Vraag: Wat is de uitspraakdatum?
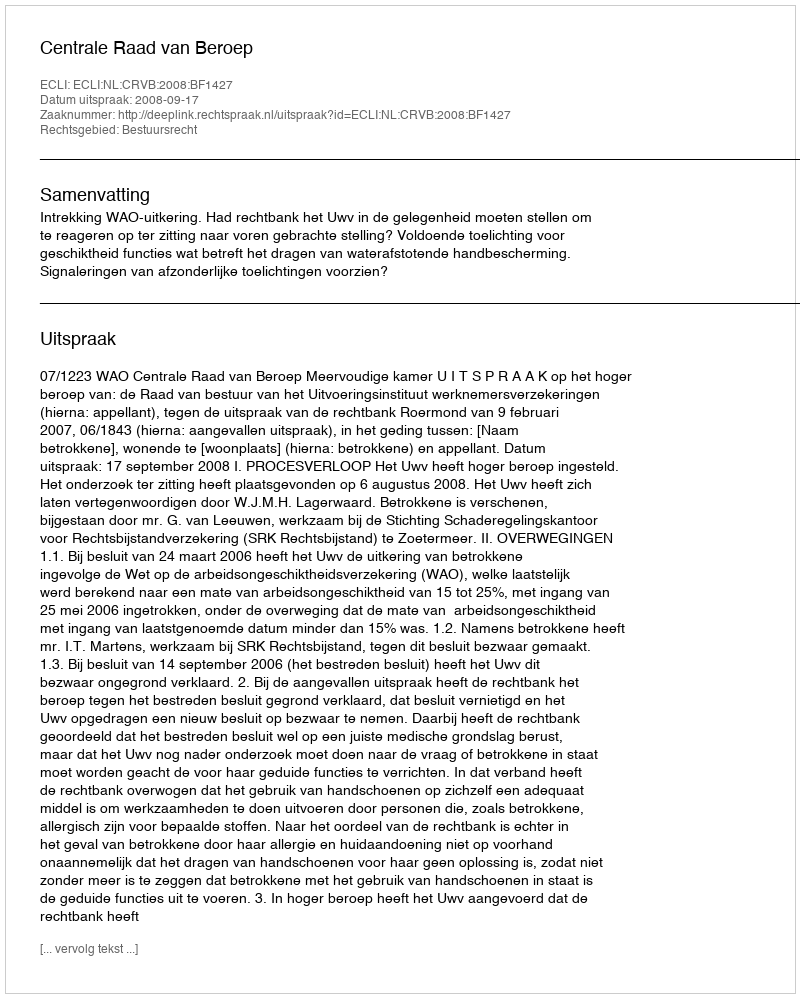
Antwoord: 2008-09-17